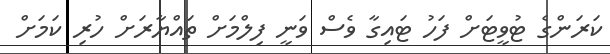
ކަރަންގެ ޓުވީޓަށް ފަހު ޓައިގާ ވެސް ވަނީ ފިލްމަށް ތައްޔާރަށް ހުރި ކަމަށް